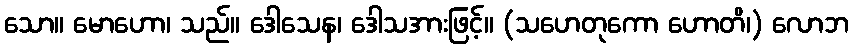
သော။ မောဟော၊ သည်။ ဒေါသေန၊ ဒေါသအားဖြင့်။ (သဟေတုကော ဟောတိ၊) လောဘ